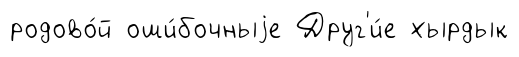
родово́й оши́бочныjе Друг'и́е хырдык